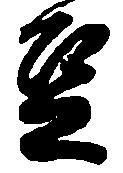
豆